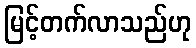
မြင့်တက်လာသည်ဟု